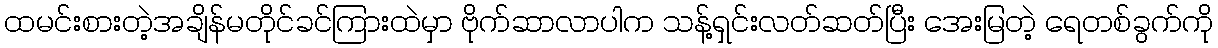
ထမင်းစားတဲ့အချိန်မတိုင်ခင်ကြားထဲမှာ ဗိုက်ဆာလာပါက သန့်ရှင်းလတ်ဆတ်ပြီး အေးမြတဲ့ ရေတစ်ခွက်ကို